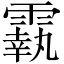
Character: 𩅀